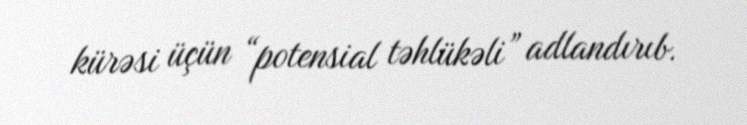
kürəsi üçün “potensial təhlükəli” adlandırıb.